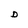
Character: D